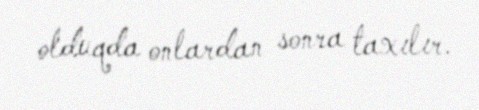
olduqda onlardan sonra taxılır.